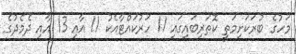
މަހުގެ ބުރަކަށިމަތީ ކޮތަރިބައިގައި 11 ހަރުކައްޓާއެކު 11 އާއި 13 އާއި ދެމެދުގެ